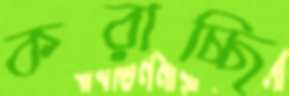
করাচ্ছি